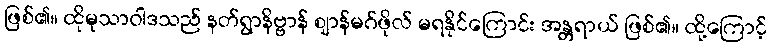
ဖြစ်၏။ ထိုမုသာဝါဒသည် နတ်ရွာနိဗ္ဗာန် ဈာန်မဂ်ဖိုလ် မရနိုင်ကြောင်း အန္တရာယ် ဖြစ်၏။ ထို့ကြောင့်